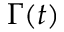
\Gamma ( t )